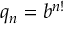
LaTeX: q _ { n } = b ^ { n ! }